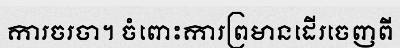
ការចរចា។ ចំពោះការព្រមានដើរចេញពី